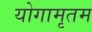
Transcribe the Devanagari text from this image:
योगामृतम